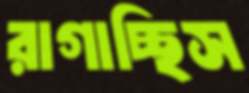
রাগাচ্ছিস